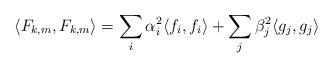
LaTeX: \begin{align*}\langle F_{k,m}, F_{k,m} \rangle &= \sum_i \alpha_i^2 \langle f_i,f_i \rangle + \sum_j \beta_j^2 \langle g_j,g_j \rangle\end{align*}